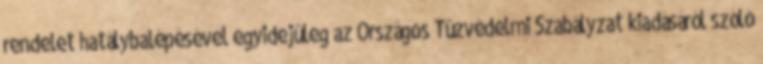
rendelet hatálybalépésével egyidejûleg az Országos Tûzvédelmi Szabályzat kiadásáról szóló